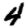
Digit: 4